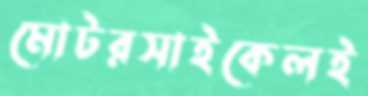
মোটরসাইকেলই